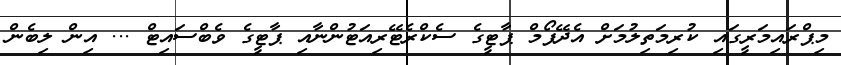
މިޕްރައިމަރީގައި ކުރިމަތިލުމަށް އެދޭފޯމް ޕާޓީގެ ސެކްރެޓޭރިއަޓުންނާއި ޕާޓީގެ ވެބްސައިޓް ... އިން ލިބެން